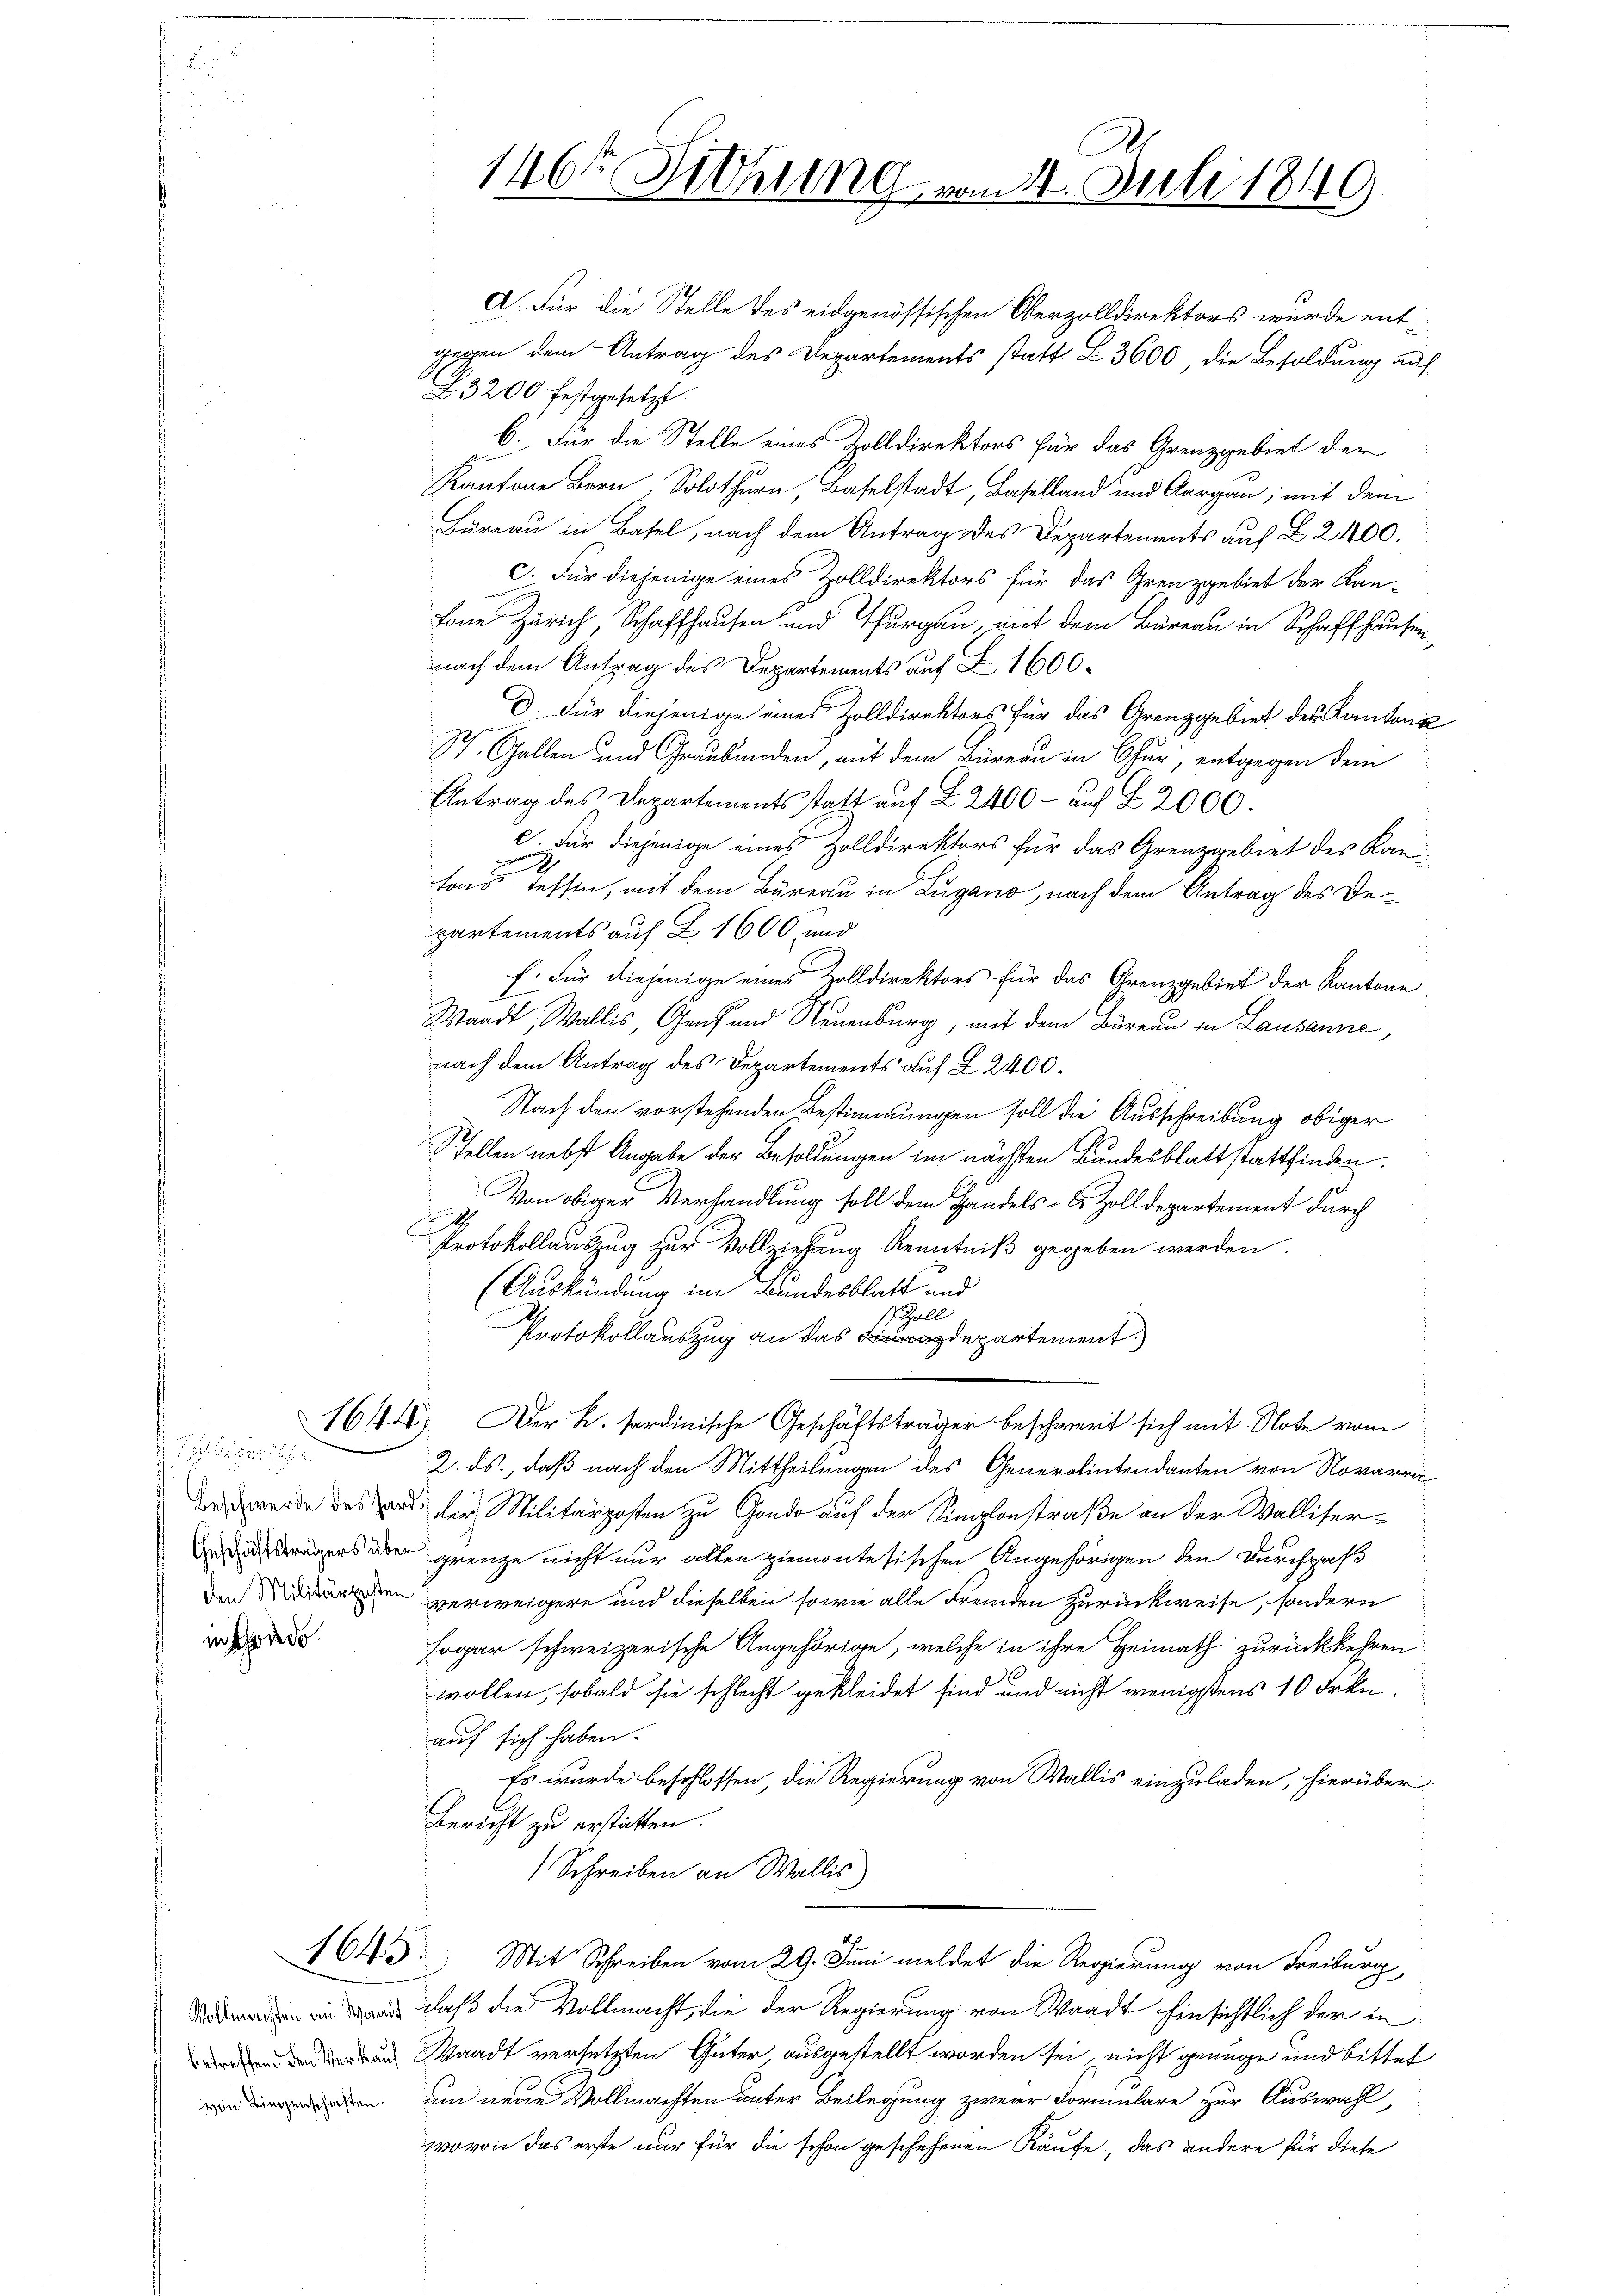
d. sich ergericht
in schiede

A. Für die Stelle des eidgenössischen Oberzolldirektors wurde entgegen dem Antrag des Departements statt Z. 3600, die Besoldung auf
23200 festgesetzt.
6. Für die Stelle eines Zolldirektors für das Grenzgebiet der
Kantone Bern. Solothurn, Baselstadt, Baselland und Aargau; mit dem
Büreau in Basel, nach dem Antrag des Departements auf L 2400.
c. Für diejenige eines Zolldirektors für das Grenzgebiet der Kan-
fone Zürich, Schaffhausen und Thurgau, mit dem Büreau in Schaffhausen
nach dem Antrag des Departements auf Z 1600.
D. Für diejenige eines Zolldirektors für das Grenzgebiet des Kantons
St. Gallen und Graubmorden, mit dem Bureau in Chur, entgegen dem
Antrag des Departements statt auf 2 2400 - auf § 2000.
e. Für diejenige eines Zolldirektors für das Grenzgebiet des Kanfons Tessin, mit dem Büreau in Lugano, nach dem Antrag des Departements auf Z 1600 und
f. Für diejenige eines Zolldirektors für das Grenzgebiet der Kantone
Waadt, Wallis, Genf und Neuenburg, mit dem Büreau in Lausanne,
nach dem Antrag des Departements auf § 2400.
Nach den vorstehenden Bestimmungen soll die Ausschreibung obiger
Schellen nebst Angabe der Besoldungen im nächsten Bundesblatt stattfinden.
Von obiger Verhandlung soll dem Handels- & Zolldepartement durch
.
Protokollauszug zur Vollziehung Kenntniß gegeben werden.
(Auskündung im Bundesblatt und
1 Zoll
Protokollauszug an das departement.
1644. Der B. fordinische Geschäftsträger beschwert sich mit Note vom
2. ds., daß nach den Mittheilungen des Generalintendanten von Novarra
ewende des aus die Militärposten zu Gondo auf der Simplonstraße an der Walliser-
 trägers aber grenze nicht nur alten ziemontesischen Angehörigen den Durchpaß
den verweigere und dieselben sowie alle Fremden Zurückweise, sondern
sogar schweizerische Angehörige, welche in ihre Heimath zurückkehren
wollen, sobald sie schlecht gekleidet sind und nicht wenigstens 10 Frkn.
auf sich haben.
Es wurde beschlossen; die Regierung von Wallis einzuladen, hierüber
Bericht zu erstatten.
Schreiben an Wallis
163. Mit Schreiben vom 29. Juni meldet die Regierung von Freiburg
 daß die Vollmacht, die der Regierung von Waadt hinsichtlich der in
den Waadt versetzten Güter, ausgestellt worden sei, nicht genüge und bittet
en um neue Vollmachten unter Beilegung zweier Formulare zur Auswahl,
wovon das erste nur für die schon geschehenen Kaufe, das andere für diese

146t Fiehung vom 4. Juli 1849.